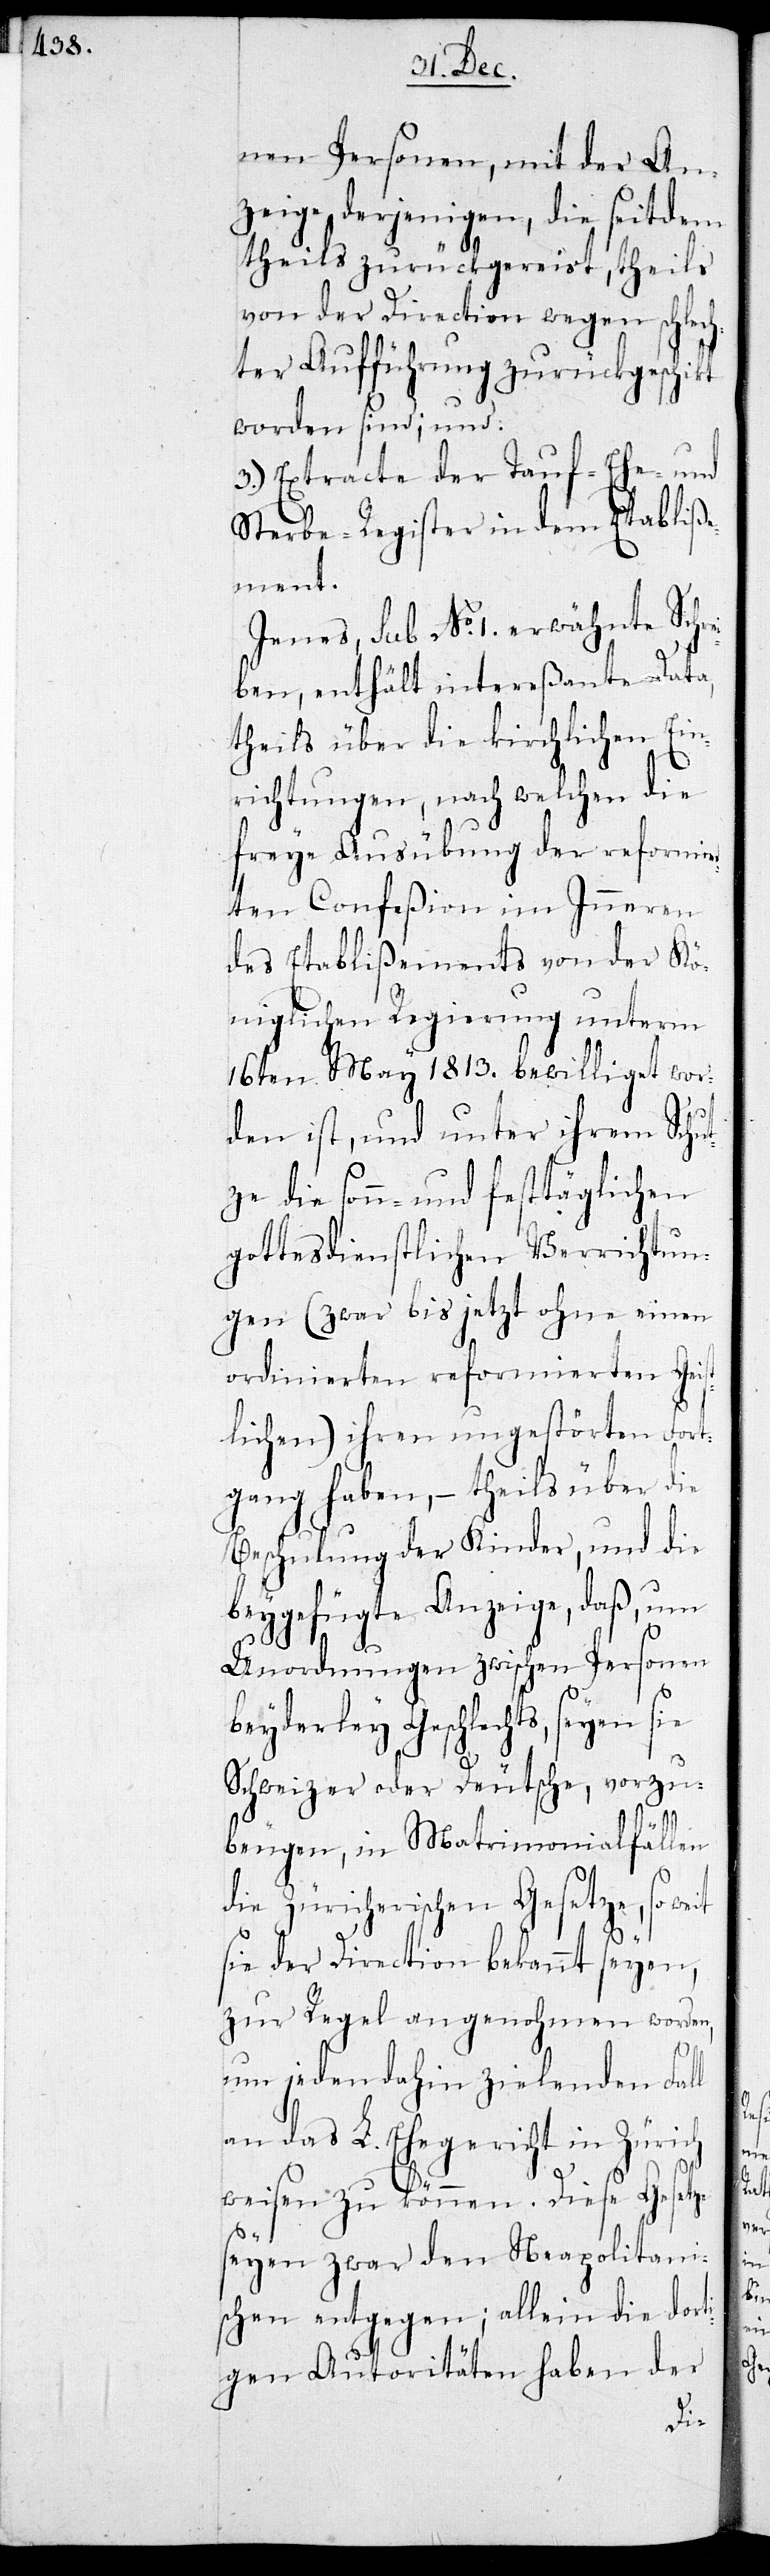
nen Personen, mit der An¬
zeige, derjenigen, die seitdem
theils zurückgereist, theils
von der Direction wegen schlech¬
ter Aufführung zurückgeschickt
worden sind; und:
3.) Extracte der Tauf-, Ehe- und
Sterbe-Register in dem Etabliße¬
ment.
Jenes, sub No. 1. erwähnte Schr¬
ben, enthält intereßante Data,
theils über die kirchlichen Ein¬
richtungen, nach welchen die
freye Ausübung der reformier¬
ten Confeßion im Inneren
des Etablißements von der Kö¬
niglichen Regierung unterm
16ten May 1813. bewilliget wor¬
den ist, und unter ihrem Schu¬
tze die sonn- und festtäglichen
gottesdienstlichen Verrichtun¬
gen (zwar bis jetzt ohne einen
ordinierten reformierten Geis¬
tlichen) ihren ungestörten Fort¬
gang haben, – theils über die
beygefügte Anzeige, daß, um
Unordnungen zwischen Personen
beyderley Geschlechts, seyen sie
Schweizer oder Deutsche, vorzu¬
beugen, in Matrimonialfällen
die Zürcherischen Gesetze, so weit
sie der Direction bekannt seyen,
zur Regel angenohmen worden,
ei¬
um jeden dahin zielenden Fall
an das L. Ehegericht in Zürich
weisen zu können. Diese Gesetze
seyen zwar den neapolitani¬
schen entgegen; allein die dort¬
igen Autoritäten haben der